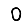
Digit: 0